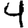
Digit: 4